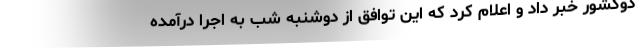
دوکشور خبر داد و اعلام کرد که این توافق از دوشنبه شب به اجرا درآمده